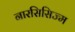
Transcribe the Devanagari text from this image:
नारसिसिज्म